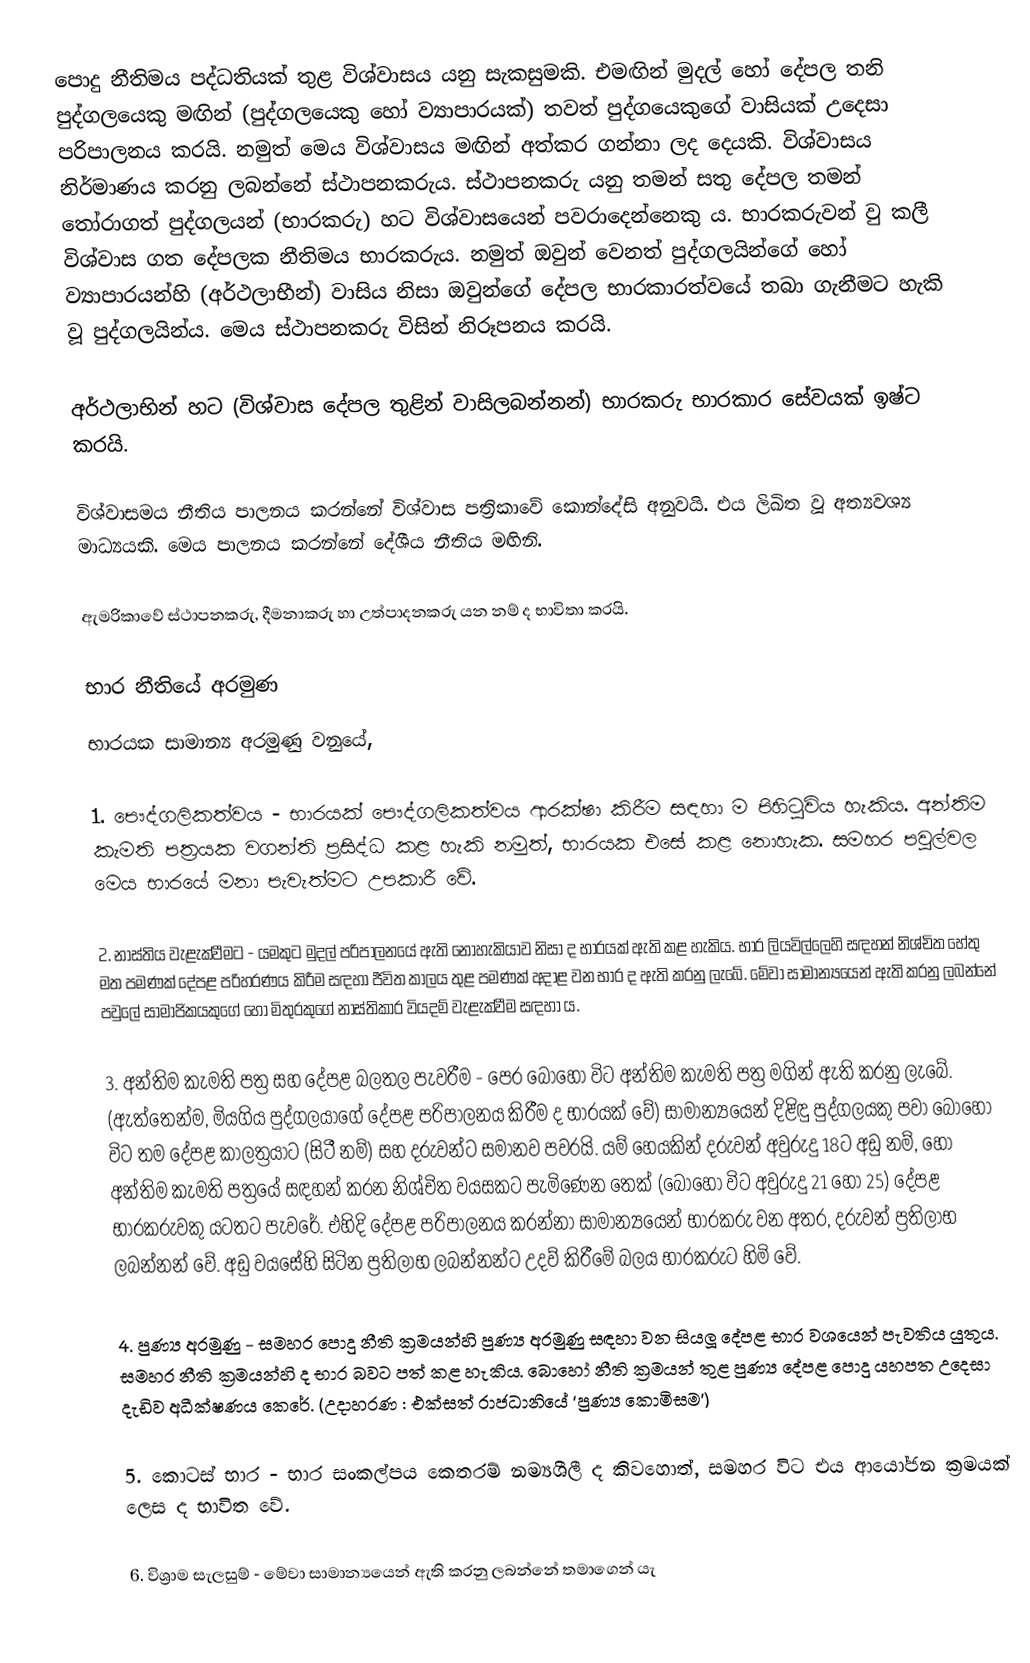
පොදු නීතිමය පද්ධතියක් තුළ විශ්වාසය යනු සැකසුමකි. එමඟින් මුදල් හෝ දේපල තනි පුද්ගලයෙකු මඟින් (පුද්ගලයෙකු හෝ ව්‍යාපාරයක්) තවත් පුද්ගයෙකුගේ වාසියක් උදෙසා  පරිපාලනය කරයි. නමුත් මෙය විශ්වාසය මඟින් අත්කර ගන්නා ලද දෙයකි. විශ්වාසය නිර්මාණය කරනු ලබන්නේ ස්ථාපනකරුය. ස්ථාපනකරු යනු තමන් සතු දේපල තමන් තෝරාගත් පුද්ගලයන් (භාරකරු) හට විශ්වාසයෙන් පවරාදෙන්නෙකු ය. භාරකරුවන් වු කලී විශ්වාස ගත දේපලක නීතිමය භාරකරුය. නමුත් ඔවුන් වෙනත් පුද්ගලයින්ගේ හෝ ව්‍යාපාරයන්හි (අර්ථලාභීන්) වාසිය නිසා ඔවුන්ගේ දේපල භාරකාරත්වයේ තබා ගැනීමට හැකි වූ  පුද්ගලයින්ය. මෙය ස්ථාපනකරු විසින් නිරූපනය කරයි.

අර්ථලාභින් හට (විශ්වාස දේපල තුළින් වාසිලබන්නන්) භාරකරු භාරකාර සේවයක් ඉෂ්ට කරයි.

විශ්වාසමය නීතිය  පාලනය කරන්නේ විශ්වාස පත්‍රිකාවේ කොන්දේසි අනුවයි. එය ලිඛිත වූ අත්‍යවශ්‍ය මාධ්‍යයකි. මෙය පාලනය කරන්නේ දේශීය නීතිය මඟිනි.

ඇමරිකාවේ ස්ථාපනකරු, දීමනාකරු හා උත්පාදනකරු යන නම් ද භාවිතා කරයි.

භාර නීතියේ අරමුණ
භාරයක සාමාන්‍ය අරමුණු වනුයේ,

1. 	පෞද්ගලිකත්වය  - භාරයක් පෞද්ගලිකත්වය ආරක්ෂා කිරීම සඳහා ම පිහිටුවිය හැකිය. අන්තිම කැමති පත්‍රයක වගන්ති ප්‍රසිද්ධ කළ හැකි නමුත්, භාරයක එසේ කළ නොහැක. සමහර පවුල්වල මෙය භාරයේ මනා පැවැත්මට උපකාරී වේ.

2.	නාස්තිය වැළැක්වීමට - යමකුට මුදල් පරිපාලනයේ ඇති නොහැකියාව නිසා ද භාරයක් ඇති කළ හැකිය. භාර ලියවිල්ලෙහි සඳහන් නිශ්චිත හේතු මත පමණක් දේපළ පරිහරණය කිරීම සඳහා ජීවිත කාලය තුළ පමණක් අදාළ වන භාර ද ඇති කරනු ලැබේ. මේවා සාමාන්‍යයෙන් ඇති කරනු ලබන්නේ පවුලේ සාමාජිකයකුගේ හෝ මිතුරකුගේ නාස්තිකාර වියදම් වැළැක්වීම සඳහා ය.

3.	අන්තිම කැමති පත්‍ර සහ දේපළ බලතල පැවරීම - පෙර බොහෝ විට අන්තිම කැමති පත්‍ර මගින් ඇති කරනු ලැබේ. (ඇත්තෙන්ම, මියගිය පුද්ගලයාගේ දේපළ පරිපාලනය කිරීම ද භාරයක් වේ) සාමාන්‍යයෙන් දිළිඳු පුද්ගලයකු පවා බොහෝ විට තම දේපළ කාලත්‍රයාට (සිටී නම්) සහ දරුවන්ට සමානව පවරයි. යම් හෙයකින් දරුවන් අවුරුදු 18ට අඩු නම්, හෝ අන්තිම කැමති පත්‍රයේ සඳහන් කරන නිශ්චිත වයසකට පැමිණෙන තෙක් (බොහෝ විට අවුරුදු 21 හෝ 25) දේපළ භාරකරුවකු යටතට පැවරේ. එහිදි දේපළ පරිපාලනය කරන්නා සාමාන්‍යයෙන් භාරකරු වන අතර, දරුවන් ප්‍රතිලාභ ලබන්නන් වේ. අඩු වයසේහි සිටින ප්‍රතිලාභ ලබන්නන්ට උදව් කිරීමේ බලය භාරකරුට හිමි වේ.

4.	පුණ්‍ය අරමුණු  - සමහර පොදු නීති ක්‍රමයන්හි පුණ්‍ය අරමුණු සඳහා වන සියලූ දේපළ භාර වශයෙන් පැවතිය යුතුය. සමහර නීති ක්‍රමයන්හි ද භාර බවට පත් කළ හැකිය. බොහෝ නීති ක්‍රමයන් තුළ පුණ්‍ය දේපළ පොදු යහපත උදෙසා දැඩිව අධීක්ෂණය කෙරේ. (උදාහරණ : එක්සත් රාජධානියේ ‘පුණ්‍ය කොමිසම’)

5. 	කොටස් භාර - භාර සංකල්පය කෙතරම් නම්‍යශීලී ද කිවහොත්, සමහර විට එය ආයෝජන ක්‍රමයක් ලෙස ද භාවිත වේ.

6.	විශ්‍රාම සැලසුම් - මේවා සාමාන්‍යයෙන් ඇති කරනු ලබන්නේ තමාගෙන් යැ